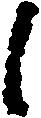
候